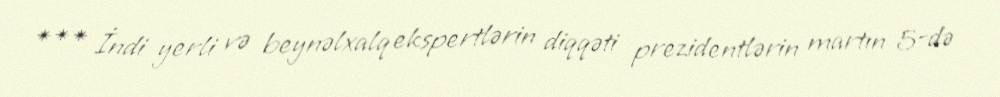
*** İndi yerli və beynəlxalq ekspertlərin diqqəti prezidentlərin martın 5-də